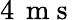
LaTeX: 4\, \mathrm{~m~s~}